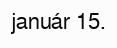
január 15.